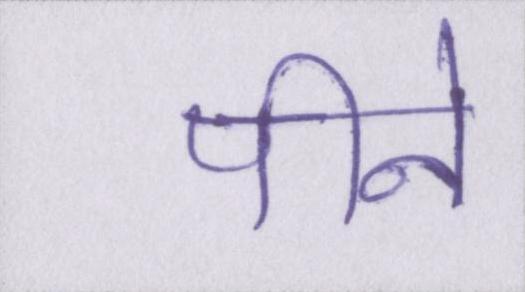
पीने